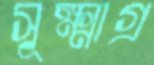
সূক্ষ্মাগ্র